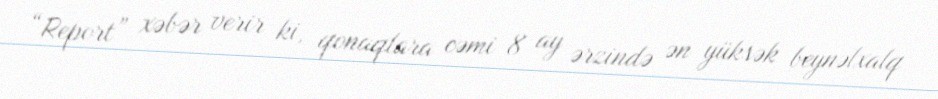
“Report” xəbər verir ki, qonaqlara cəmi 8 ay ərzində ən yüksək beynəlxalq